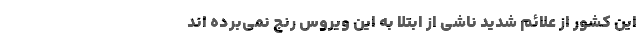
این کشور از علائم شدید ناشی از ابتلا به این ویروس رنج نمی‌برده اند